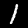
Label: 1